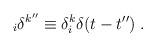
LaTeX: \begin{align*}_{i}\delta^{k''} \equiv \delta_{i}^{k}\delta(t-t'')\;.\end{align*}